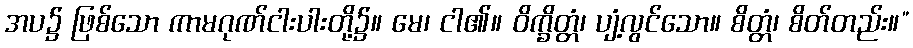
အပ၌ ဖြစ်သော ကာမဂုဏ်ငါးပါးတို့၌။ မေ၊ ငါ၏။ ဝိက္ခိတ္တံ၊ ပျံ့လွင်သော။ စိတ္တံ၊ စိတ်တည်း။”